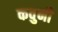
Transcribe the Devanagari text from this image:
कवुनी